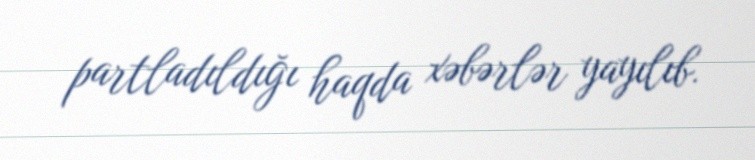
partladıldığı haqda xəbərlər yayılıb.